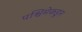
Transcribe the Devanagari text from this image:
पश्विमेकडून